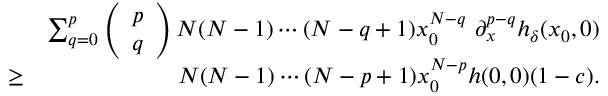
\begin{array} { r l r } & { } & { \sum _ { q = 0 } ^ { p } \left( \begin{array} { l } { p } \\ { q } \end{array} \right) N ( N - 1 ) \cdots ( N - q + 1 ) x _ { 0 } ^ { N - q } \ \partial _ { x } ^ { p - q } h _ { \delta } ( x _ { 0 } , 0 ) } \\ & { \geq } & { N ( N - 1 ) \cdots ( N - p + 1 ) x _ { 0 } ^ { N - p } h ( 0 , 0 ) ( 1 - c ) . } \end{array}